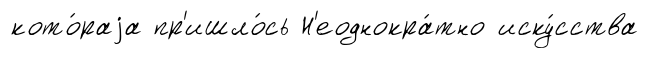
кото́раjа пр'ишло́сь Н'еоднокра́тно иску́сства